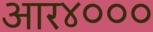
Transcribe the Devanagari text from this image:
आर४०००